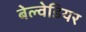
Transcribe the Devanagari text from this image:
बेल्वेडियर